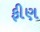
ફીણ